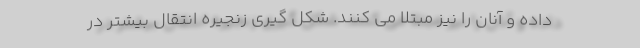
داده و آنان را نیز مبتلا می کنند. شکل گیری زنجیره انتقال بیشتر در